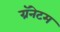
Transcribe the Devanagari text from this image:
ग्रॅनेटम